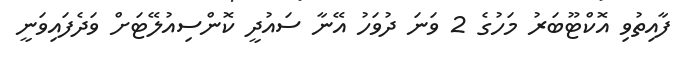
ފާއިތުވި އޮކްޓޫބަރު މަހުގެ 2 ވަނަ ދުވަހު އޭނާ ސައުދީ ކޮންސިއުލޭޓަށް ވަދެފައިވަނީ